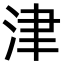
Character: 津